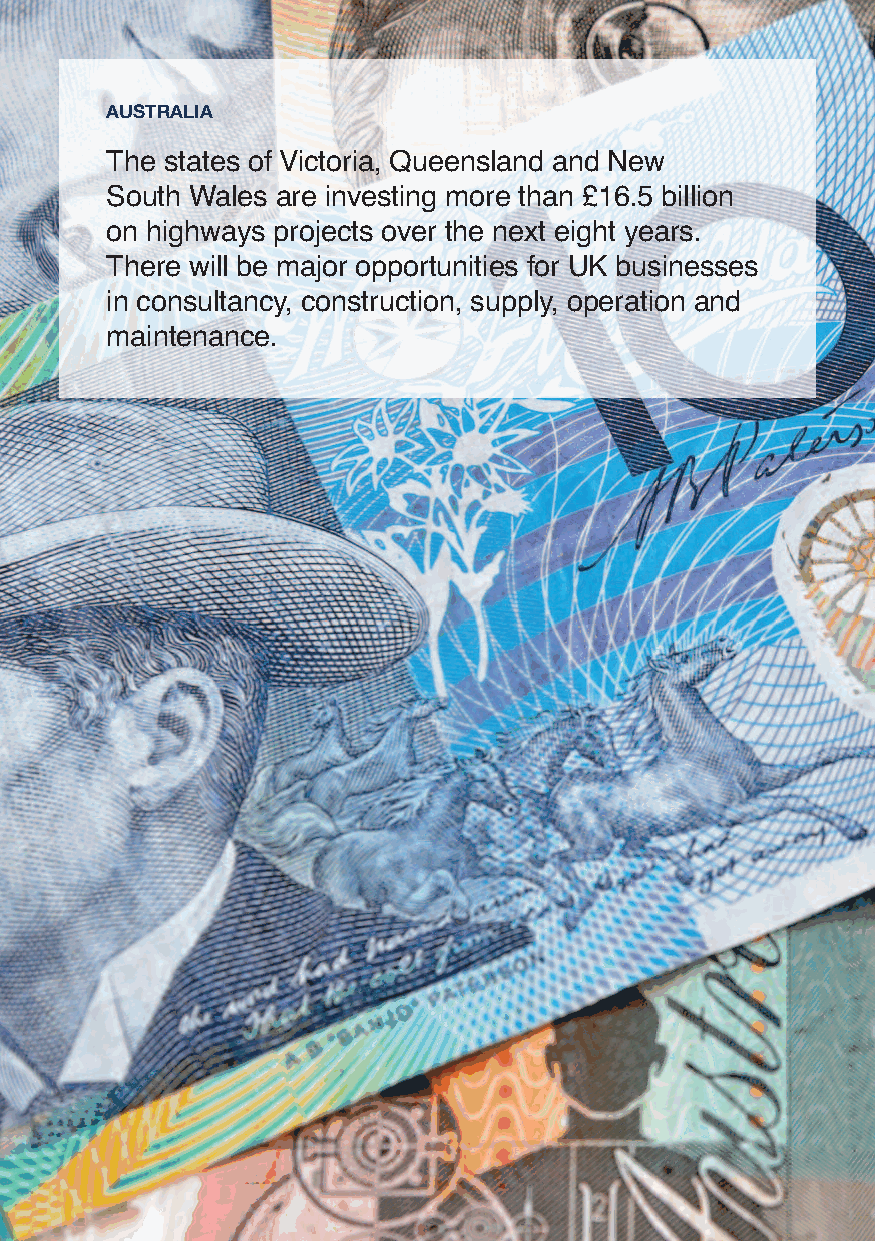
AUSTRALIA
 The states of Victoria, Queensland and New
 South Wales are investing more than £16.5 billion
 on highways projects over the next eight years.
 There will be major opportunities for UK businesses
 in consultancy, construction, supply, operation and
 maintenance.